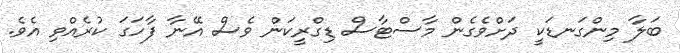
ބަލާ މިންގަނޑަކީ ދަށްވެގެން މާސްޓާސް ޑިގްރީކަން ވެސް އޭނާ ފާހަގަ ކުރެއްވި އެވެ.